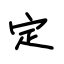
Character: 定